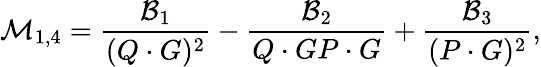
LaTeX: {\cal M}_{1,4}={\frac{{\cal B}_{1}}{(Q\cdot G)^{2}}}-{\frac{{\cal B}_{2}}{Q\cdot GP\cdot G}}+{\frac{{\cal B}_{3}}{(P\cdot G)^{2}}},